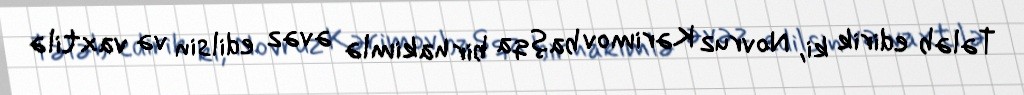
Tələb edirik ki, Novruz Kərimov başqa bir hakimlə əvəz edilsin və vaxtilə